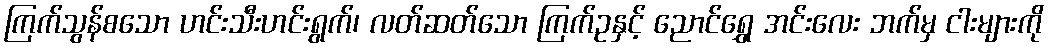
ကြက်သွန်စသော ဟင်းသီးဟင်းရွက်၊ လတ်ဆတ်သော ကြက်ဥနှင့် ညောင်ရွှေ အင်းလေး ဘက်မှ ငါးများကို